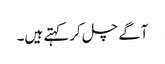
آگے چل کر کہتے ہیں۔